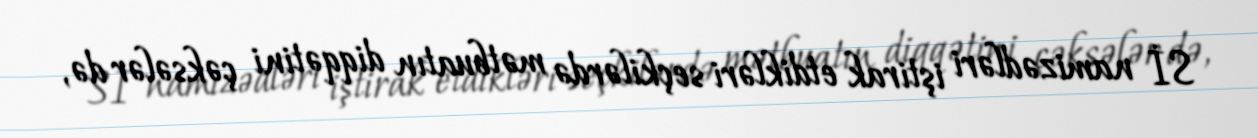
Sİ namizədləri iştirak etdikləri seçkilərdə mətbuatın diqqətini çəksələr də,